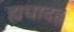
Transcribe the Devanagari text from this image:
ह्यधादहृ